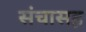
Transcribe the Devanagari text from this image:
संचासह